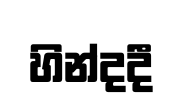
හින්දදී